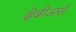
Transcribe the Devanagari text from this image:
ड़ेबीअर्स